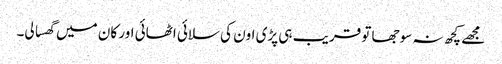
مجھے کچھ نہ سوجھا تو قریب ہی پڑی اون کی سلائی اٹھائی اور کان میں گھسا لی۔